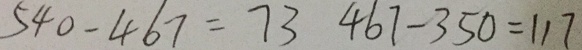
5 4 0 - 4 6 7 = 7 3 4 6 7 - 3 5 0 = 1 1 7